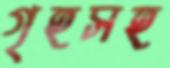
গৃহসহ